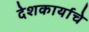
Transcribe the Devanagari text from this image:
देशकार्याचे